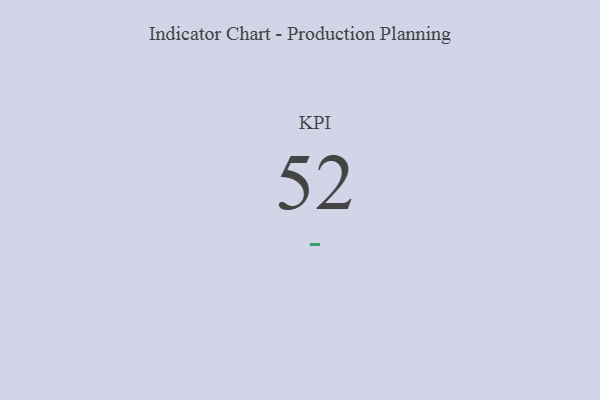
{"axis": {"x": "KPI", "y": "Value"}, "legend": [""], "data": [{"x": "KPI", "y": 52, "type": ""}]}